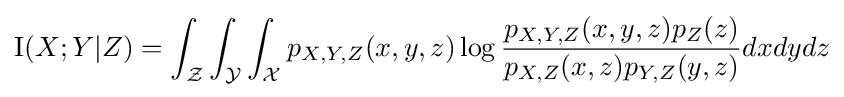
\operatorname {I} (X;Y|Z)=\int _{\mathcal {Z}}\int _{\mathcal {Y}}\int _{\mathcal {X}}p_{X,Y,Z}(x,y,z)\log {\frac {p_{X,Y,Z}(x,y,z)p_{Z}(z)}{p_{X,Z}(x,z)p_{Y,Z}(y,z)}}dxdydz